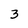
Character: 3